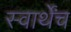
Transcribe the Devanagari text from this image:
स्वार्थेंच